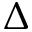
\Delta